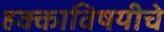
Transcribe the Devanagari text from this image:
हक्काविषयीचे